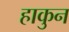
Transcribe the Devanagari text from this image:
हाकुन